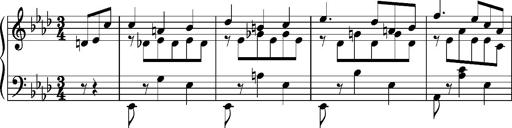
Title: Album-leaf 'Weimar II', S.166c
Composer: Franz Liszt
Key: A-flat major